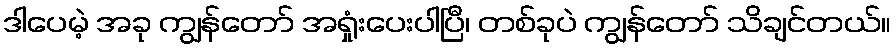
ဒါပေမဲ့ အခု ကျွန်တော် အရှုံးပေးပါပြီ၊ တစ်ခုပဲ ကျွန်တော် သိချင်တယ်။